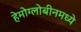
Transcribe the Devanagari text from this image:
हेमोग्लोबीनमध्ये